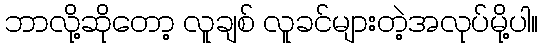
ဘာလို့ဆိုတော့ လူချစ် လူခင်များတဲ့အလုပ်မို့ပါ။